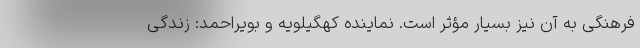
فرهنگی به آن نیز بسیار مؤثر است. نماینده کهگیلویه و بویراحمد: زندگی